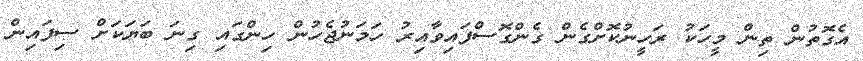
އެގޮތުން ތިން މީހަކު ރަހީނުކޮށްގެން ގެންގޮސްފައިވާއިރު ހަމަނުޖެހުން ހިންގައި ގިނަ ބަޔަކަށް ސިފައިން